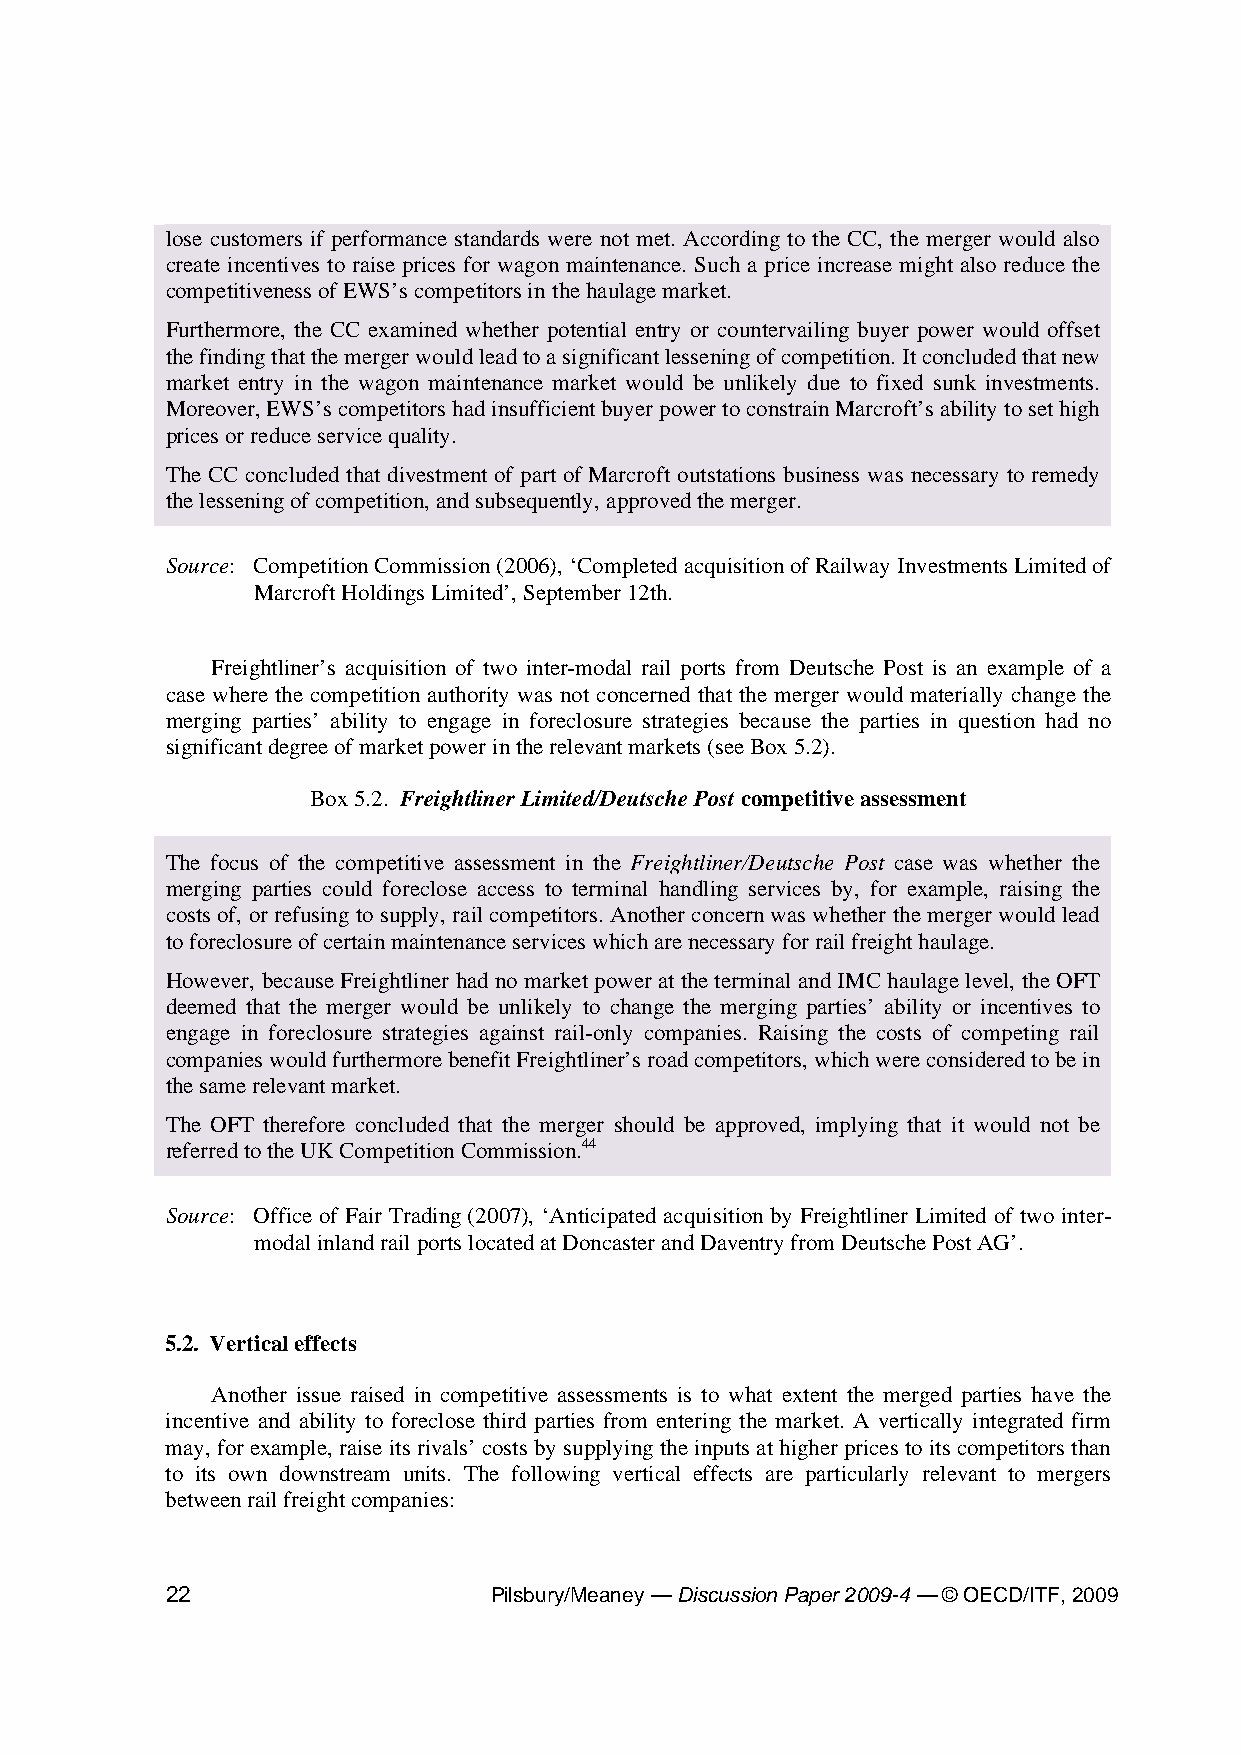
lose customers if performance standards were not met. According to the CC, the merger would also
 create incentives to raise prices for wagon maintenance. Such a price increase might also reduce the
 competitiveness of EWS’s competitors in the haulage market.
 Furthermore, the CC examined whether potential entry or countervailing buyer power would offset
 the finding that the merger would lead to a significant lessening of competition. It concluded that new
 market entry in the wagon maintenance market would be unlikely due to fixed sunk investments.
 Moreover, EWS’s competitors had insufficient buyer power to constrain Marcroft’s ability to set high
 prices or reduce service quality.
 The CC concluded that divestment of part of Marcroft outstations business was necessary to remedy
 the lessening of competition, and subsequently, approved the merger.
 Source: Competition Commission (2006), ‘Completed acquisition of Railway Investments Limited of
 Marcroft Holdings Limited’, September 12th.
 Freightliner’s acquisition of two inter-modal rail ports from Deutsche Post is an example of a
 case where the competition authority was not concerned that the merger would materially change the
 merging parties’ ability to engage in foreclosure strategies because the parties in question had no
 significant degree of market power in the relevant markets (see Box 5.2).
 Box 5.2. Freightliner Limited/Deutsche Post competitive assessment
 The focus of the competitive assessment in the Freightliner/Deutsche Post case was whether the
 merging parties could foreclose access to terminal handling services by, for example, raising the
 costs of, or refusing to supply, rail competitors. Another concern was whether the merger would lead
 to foreclosure of certain maintenance services which are necessary for rail freight haulage.
 However, because Freightliner had no market power at the terminal and IMC haulage level, the OFT
 deemed that the merger would be unlikely to change the merging parties’ ability or incentives to
 engage in foreclosure strategies against rail-only companies. Raising the costs of competing rail
 companies would furthermore benefit Freightliner’s road competitors, which were considered to be in
 the same relevant market.
 The OFT therefore concluded that the merger should be approved, implying that it would not be
 referred to the UK Competition Commission.44
 Source: Office of Fair Trading (2007), ‘Anticipated acquisition by Freightliner Limited of two inter-
 modal inland rail ports located at Doncaster and Daventry from Deutsche Post AG’.
 5.2. Vertical effects
 Another issue raised in competitive assessments is to what extent the merged parties have the
 incentive and ability to foreclose third parties from entering the market. A vertically integrated firm
 may, for example, raise its rivals’ costs by supplying the inputs at higher prices to its competitors than
 to its own downstream units. The following vertical effects are particularly relevant to mergers
 between rail freight companies:
 22                   Pilsbury/Meaney — Discussion Paper 2009-4 — © OECD/ITF, 2009